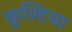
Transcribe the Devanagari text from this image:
कुश्टिया